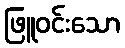
ဖြူဝင်းသော